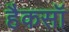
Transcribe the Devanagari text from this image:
हैकसॉ